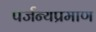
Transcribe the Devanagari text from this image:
पर्जन्यप्रमाण